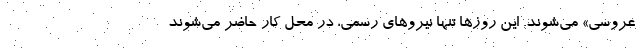
عروسی» می‌شوند. این روزها تنها نیروهای رسمی، در محل کار حاضر می‌شوند